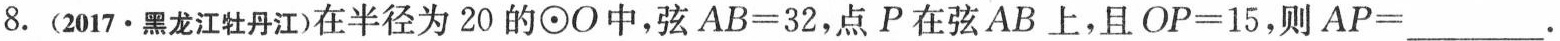
8.(2017·黑龙江牡丹江)在半径为20的⊙O中，弦AB=32，点P在弦AB上，且OP=15，则AP=___.